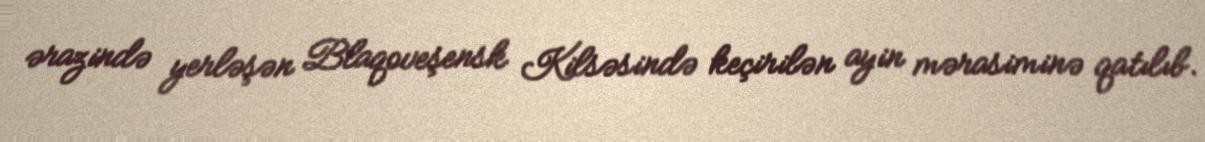
ərazində yerləşən Blaqoveşensk Kilsəsində keçirilən ayin mərasiminə qatılıb.